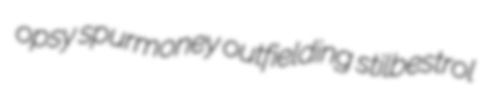
opsy spurmoney outfielding stilbestrol